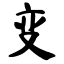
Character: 变